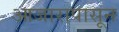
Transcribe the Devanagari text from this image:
आजारापासून